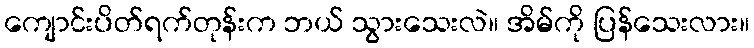
ကျောင်းပိတ်ရက်တုန်းက ဘယ် သွားသေးလဲ။ အိမ်ကို ပြန်သေးလား။